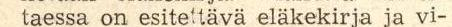
taessa on esitettävä eläkekirja ja vi-